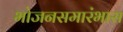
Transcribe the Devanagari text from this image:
भोजनसमारंभास